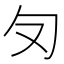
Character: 𭅄